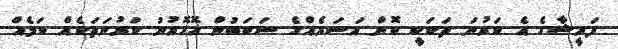
ފަރީޝާގެ އެ ކަރުނަ ތަކަކީ ކޮން އަސަރެއްގެ ސަބަބުން އޮހޮރުނު ކަރުނަތަކެއް ކަމެއް